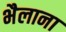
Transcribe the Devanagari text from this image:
भैलाना